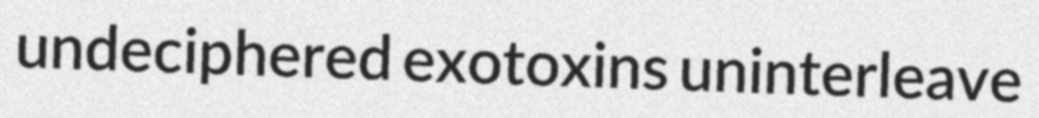
undeciphered exotoxins uninterleave